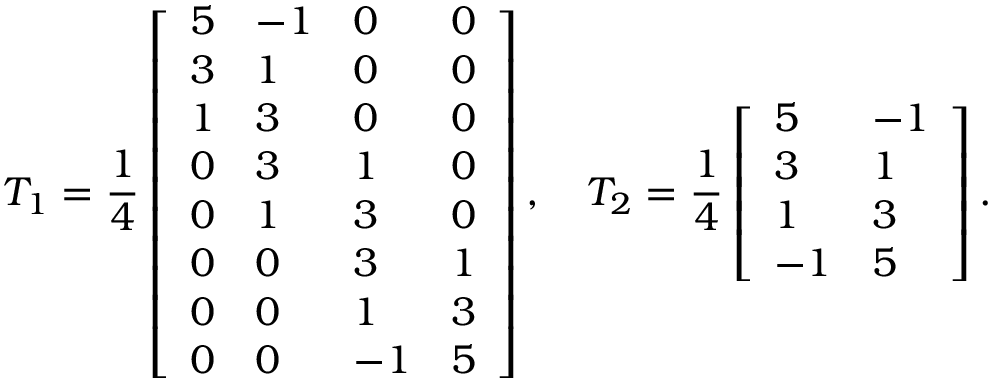
T _ { 1 } = \frac { 1 } { 4 } \left[ \begin{array} { l l l l } { 5 } & { - 1 } & { 0 } & { 0 } \\ { 3 } & { 1 } & { 0 } & { 0 } \\ { 1 } & { 3 } & { 0 } & { 0 } \\ { 0 } & { 3 } & { 1 } & { 0 } \\ { 0 } & { 1 } & { 3 } & { 0 } \\ { 0 } & { 0 } & { 3 } & { 1 } \\ { 0 } & { 0 } & { 1 } & { 3 } \\ { 0 } & { 0 } & { - 1 } & { 5 } \end{array} \right] , \quad T _ { 2 } = \frac { 1 } { 4 } \left[ \begin{array} { l l } { 5 } & { - 1 } \\ { 3 } & { 1 } \\ { 1 } & { 3 } \\ { - 1 } & { 5 } \end{array} \right] .